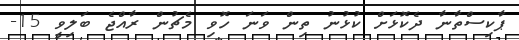
ޕާކިސްތާނާ ދެކޮޅަށް ކުޅުނު ތިން ވަނަ ހޮވި މެޗުން ރާއްޖެ ބަލިވީ 15-